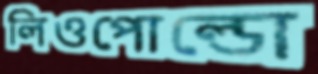
লিওপোল্ডো